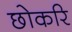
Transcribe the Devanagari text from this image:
छोकरि